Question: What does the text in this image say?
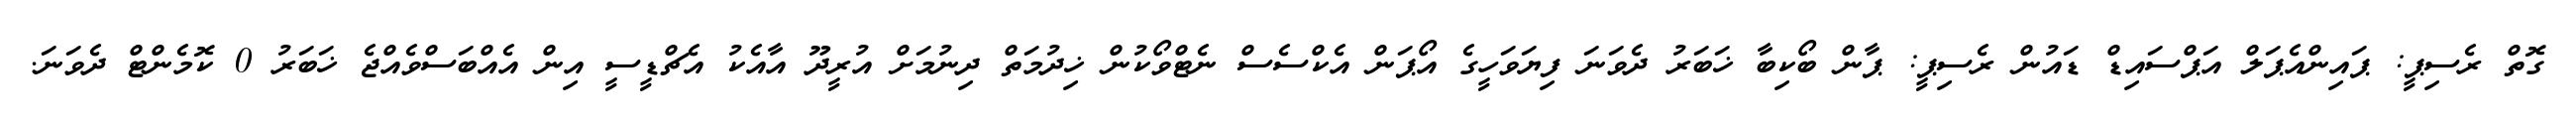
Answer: ގޮތް ރެސިޕީ: ޕައިންއެޕަލް އަޕްސައިޑް ޑައުން ރެސިޕީ: ޕާން ބޯކިބާ ޚަބަރު ދެވަނަ ފިޔަވަހީގެ އޯޕަން އެކްސެސް ނެޓްވޯކުން ޚިދުމަތް ދިނުމަށް އުރީދޫ އާއެކު އެޗްޑީސީ އިން އެއްބަސްވެއްޖެ ޚަބަރު 0 ކޮމެންޓް ދެވަނަ.